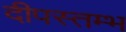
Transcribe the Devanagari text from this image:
दीपस्तम्भ